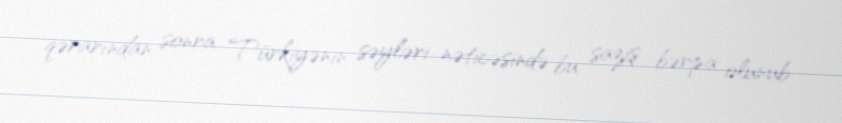
qərarından sonra Türkiyənin səyləri nəticəsində bu saziş bərpa olunub.